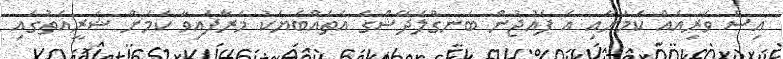
އިސް ވެރިއެއް ކަމަށާއި އެ ފައުޖުން ބަނގްލަދޭޝްގެ އެތައްބަޔަކު މަރާފައިވާ ކަމަށް ޝަރީއަތުގައި